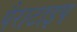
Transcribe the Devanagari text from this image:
पैराटाइप